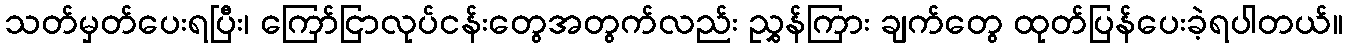
သတ်မှတ်ပေးရပြီး၊ ကြော်ငြာလုပ်ငန်းတွေအတွက်လည်း ညွှန်ကြား ချက်တွေ ထုတ်ပြန်ပေးခဲ့ရပါတယ်။